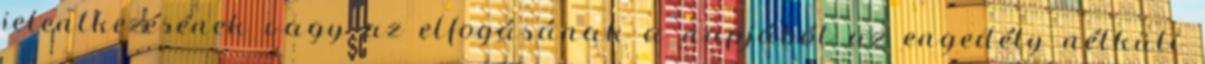
jelentkezésének vagy az elfogásának a napjából az engedély nélküli